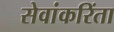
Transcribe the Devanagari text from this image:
सेवांकरिंता